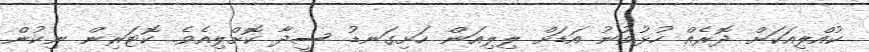
ކުއްލިއަކަށް ދޮރެއް ހުޅުވުނު އަޑަށް ލިލިއަން ހަށިގަނޑު ސީދާ ކޮށްލިއެވެ. ކޮޓަރިން ނިކުން